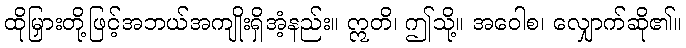
ထိုမြှားတို့ဖြင့်အဘယ်အကျိုးရှိအံ့နည်း။ ဣတိ၊ ဤသို့။ အဝေါစ၊ လျှောက်ဆို၏။